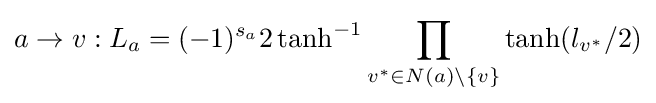
a\to v:L_{a}=(-1)^{s_{a}}2\tanh ^{-1}\prod _{v^{*}\in N(a)\setminus \{v\}}\tanh(l_{v^{*}}/2)